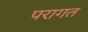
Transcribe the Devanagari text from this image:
परागत